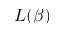
L ( \beta )